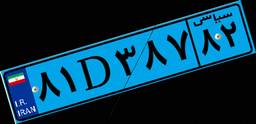
۸۱D۳۸۷۸۲